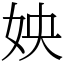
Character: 姎